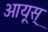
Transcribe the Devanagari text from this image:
आयूस्‌